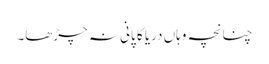
چنانچہ وہاں دریا کا پانی نہ چڑھا۔